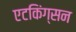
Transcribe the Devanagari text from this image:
एटकिंग्सन